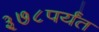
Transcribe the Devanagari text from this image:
३७८पर्यंत